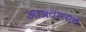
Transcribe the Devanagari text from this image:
आप्रवासाचे